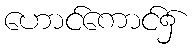
ဟောင်ကောင်၌